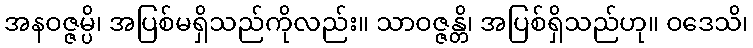
အနဝဇ္ဇမ္ပိ၊ အပြစ်မရှိသည်ကိုလည်း။ သာဝဇ္ဇန္တိ၊ အပြစ်ရှိသည်ဟု။ ဝဒေသိ၊